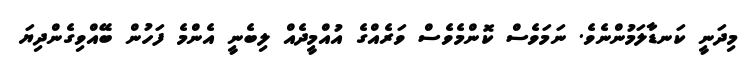
މިދަނީ ކަނޑާލަމުންނެވެ. ނަމަވެސް ކޮންމެވެސް ވަރެއްގެ އުއްމީދެއް ލިބެނީ އެންމެ ފަހުން ބޭއްވިގެންދިޔަ